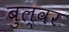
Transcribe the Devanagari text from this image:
बुल्वर